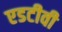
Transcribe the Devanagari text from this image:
एडटीवी